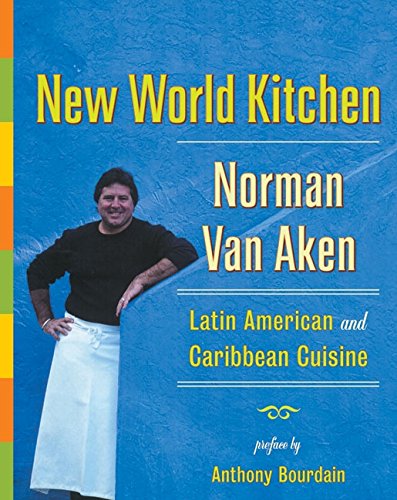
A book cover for New World Kitchen: Latin American and Caribbean Cuisine; Norman Van Aken; Cookbooks, Food & Wine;